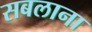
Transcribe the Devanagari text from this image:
सबलाना